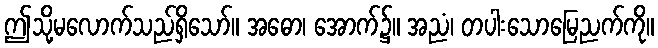
ဤသို့မလောက်သည်ရှိသော်။ အဓော၊ အောက်၌။ အညံ၊ တပါးသောမြေညက်ကို။